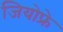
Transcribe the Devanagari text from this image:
जियोफ्रे